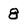
Character: 8